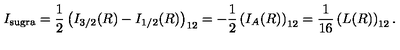
I _ { \mathrm { s u g r a } } = { \frac { 1 } { 2 } } \left( I _ { 3 / 2 } ( R ) - I _ { 1 / 2 } ( R ) \right) _ { 1 2 } = - { \frac { 1 } { 2 } } \left( I _ { A } ( R ) \right) _ { 1 2 } = { \frac { 1 } { 1 6 } } \left( L ( R ) \right) _ { 1 2 } .